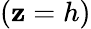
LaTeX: (\mathbf{z}=h)